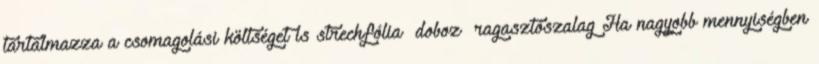
tartalmazza a csomagolási költséget is strechfólia doboz ragasztószalag Ha nagyobb mennyiségben